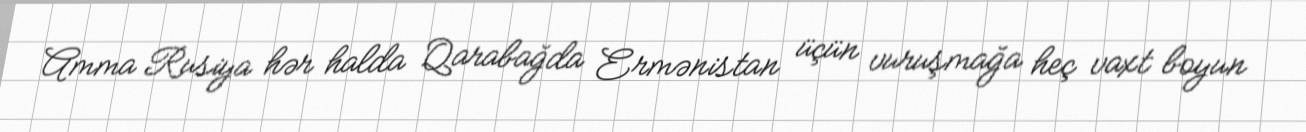
Amma Rusiya hər halda Qarabağda Ermənistan üçün vuruşmağa heç vaxt boyun